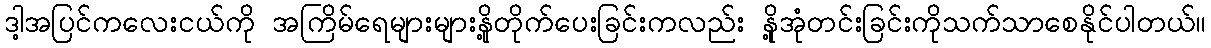
ဒါ့အပြင်ကလေးငယ်ကို အကြိမ်ရေများများနို့တိုက်ပေးခြင်းကလည်း နို့အုံတင်းခြင်းကိုသက်သာစေနိုင်ပါတယ်။